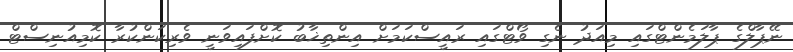
ނޭޕާލްގެ ޕާލަމެންޓްގައި މިއަދު ނެގި ވޯޓްގައި ރައީސްކަމަށް އިންތިޚާބު ކޮށްފައިވަނީ ވެރިކަންކުރާ ކޮމިއުނިސްޓް